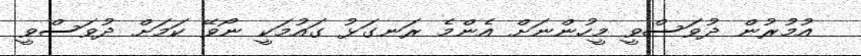
އުމުރުން ދުވަސްވީ މީހުންނަށް އެންމެ ރަނގަޅު ގައުމަކީ ނޯވޭ ކަމަށް ދުވަސްވީ